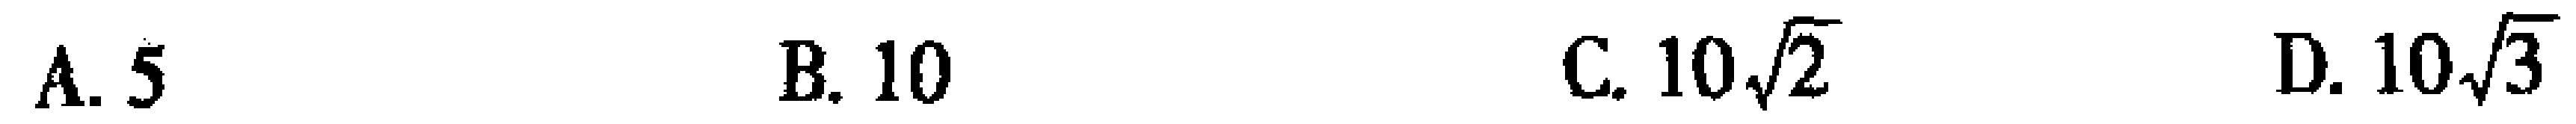
A. \(5\)  B. \(10\)  C. \(10\sqrt{2}\)  D. \(10\sqrt{3}\)